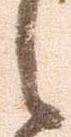
之